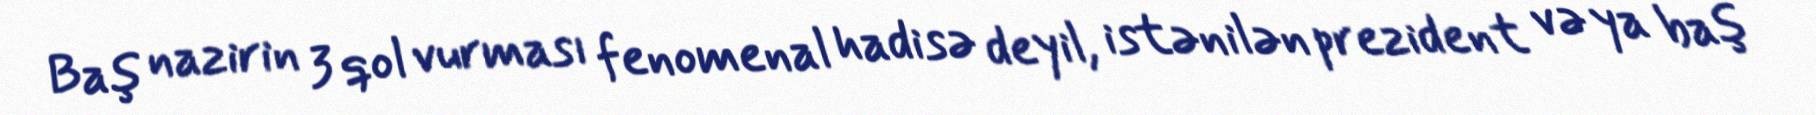
Baş nazirin 3 qol vurması fenomenal hadisə deyil, istənilən prezident və ya baş